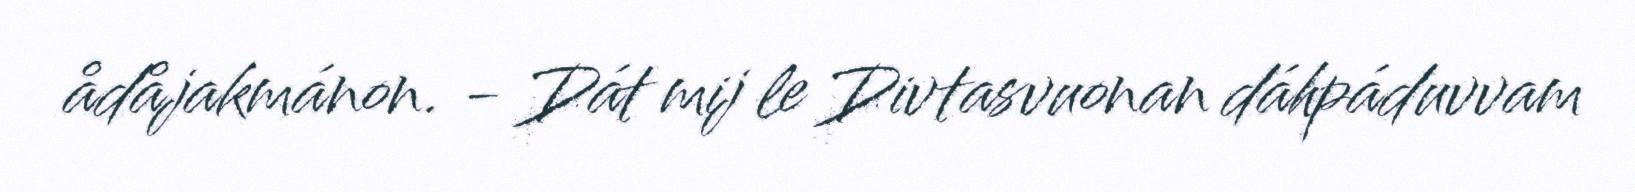
ådåjakmánon. - Dát mij le Divtasvuonan dáhpáduvvam